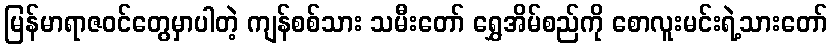
မြန်မာရာဇဝင်တွေမှာပါတဲ့ ကျန်စစ်သား သမီးတော် ရွှေအိမ်စည်ကို စောလူးမင်းရဲ့သားတော်